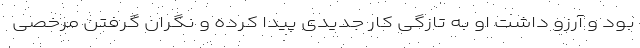
بود و آرزو داشت او به تازگی کار جدیدی پیدا کرده و نگران گرفتن مرخصی